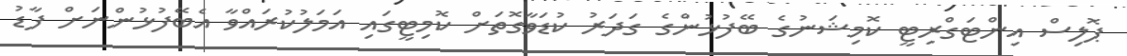
ޕޮލިސް އިންޓަގްރިޓީ ކޮމިޝަނުގެ ބޭފުޅުންގެ ގަދަރު ކުޑަވާގޮތަށް ކޮމިޓީގައި އަމަލުކުރައްވާ އެބޭފުޅުންނަށް ފާޑު